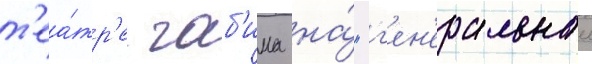
т'еа́тр'е габ'има на́ "г'ен'еральнои